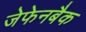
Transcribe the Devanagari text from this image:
जेफेनबैक